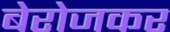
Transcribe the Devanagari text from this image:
बेरोजकर